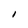
Character: I